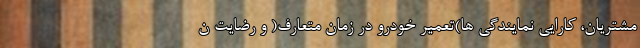
مشتريان، کارایي نمایندگی ها)تعمير خودرو در زمان متعارف( و رضايت ن